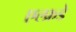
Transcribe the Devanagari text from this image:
एल्फ्रडे